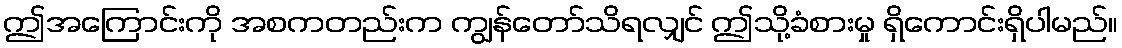
ဤအကြောင်းကို အစကတည်းက ကျွန်တော်သိရလျှင် ဤသို့ခံစားမှု ရှိကောင်းရှိပါမည်။